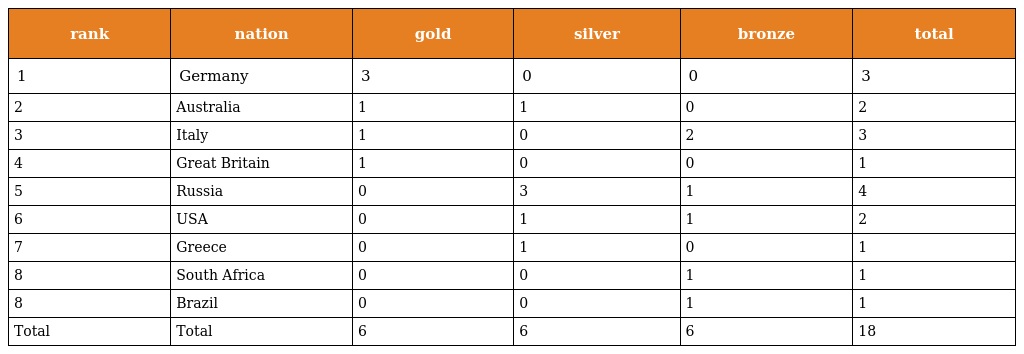
| rank | nation | gold | silver | bronze | total |
 | --- | --- | --- | --- | --- | --- |
 | 1 | Germany | 3 | 0 | 0 | 3 |
 | 2 | Australia | 1 | 1 | 0 | 2 |
 | 3 | Italy | 1 | 0 | 2 | 3 |
 | 4 | Great Britain | 1 | 0 | 0 | 1 |
 | 5 | Russia | 0 | 3 | 1 | 4 |
 | 6 | USA | 0 | 1 | 1 | 2 |
 | 7 | Greece | 0 | 1 | 0 | 1 |
 | 8 | South Africa | 0 | 0 | 1 | 1 |
 | 8 | Brazil | 0 | 0 | 1 | 1 |
 | Total | Total | 6 | 6 | 6 | 18 |